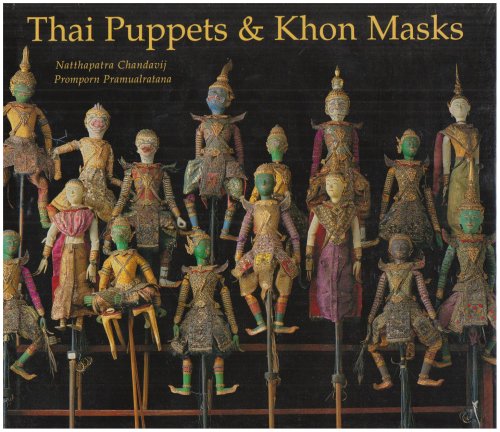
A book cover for Thai Puppets and Khon Masks; Natthapatra Chandavij; Crafts, Hobbies & Home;